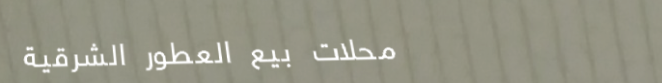
محلات بيع العطور الشرقية